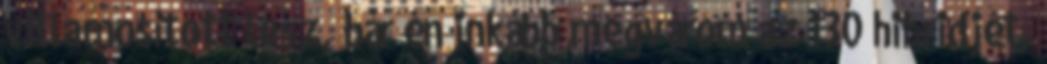
villamosított lesz, bár én inkább megvárom az i30 hibridjét,